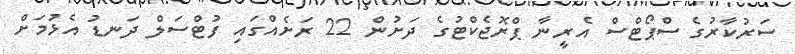
ސަރުކާރުގެ ސްޕޯޓްސް އެރީނާ ޕްރޮޖެކްޓުގެ ދަށުން 22 ރަށެއްގައި ފުޓްސަލް ދަނޑު އެޅުމަށް